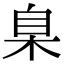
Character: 臬